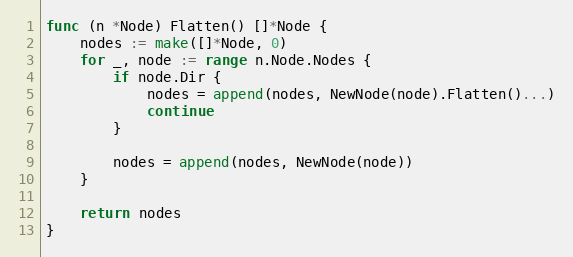
Language: Go
func (n *Node) Flatten() []*Node {
	nodes := make([]*Node, 0)
	for _, node := range n.Node.Nodes {
		if node.Dir {
			nodes = append(nodes, NewNode(node).Flatten()...)
			continue
		}

		nodes = append(nodes, NewNode(node))
	}

	return nodes
}